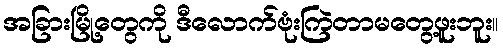
အခြားမြို့တွေကို ဒီလောက်ဗုံးကြဲတာမတွေ့ဖူးဘူး။